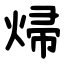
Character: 㷌